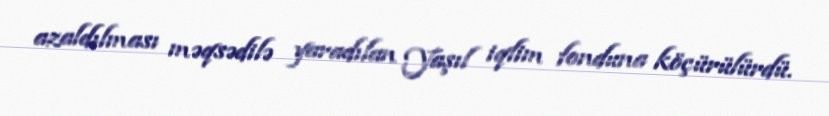
azaldılması məqsədilə yaradılan Yaşıl iqlim fonduna köçürülürdü.